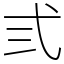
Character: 弎